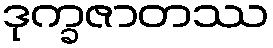
ဒုက္ခဇာတဿ